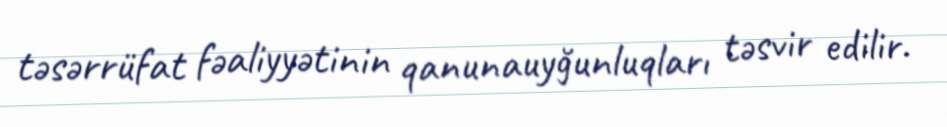
təsərrüfat fəaliyyətinin qanunauyğunluqları təsvir edilir.